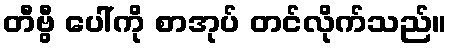
တီဗွီ ပေါ်ကို စာအုပ် တင်လိုက်သည်။